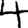
Digit: 4